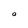
Character: a